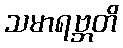
သမာရဗ္ဘတိ